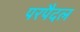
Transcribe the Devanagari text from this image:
परपैदल